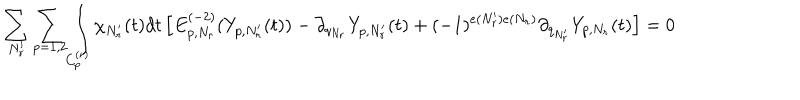
\sum _ { N _ { r } ^ { \prime } } \sum _ { p = 1 , 2 } \int _ { C _ { p } ^ { ( r ) } } \chi _ { N _ { r } ^ { \prime } } ( t ) d t \left[ E _ { p , N _ { r } } ^ { ( - 2 ) } ( Y _ { p , N _ { r } ^ { \prime } } ( t ) ) - \partial _ { q _ { N _ { r } } } Y _ { p , N _ { r } ^ { \prime } } ( t ) + ( - 1 ) ^ { e ( N _ { r } ^ { \prime } ) e ( N _ { r } ) } \partial _ { q _ { N _ { r } ^ { \prime } } } Y _ { p , N _ { r } } ( t ) \right] = 0